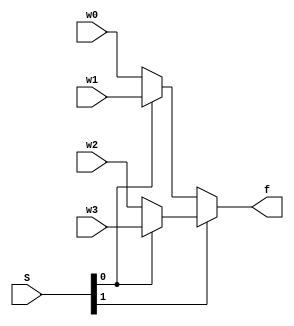
/* pg 323 - 4 to 1 multiplexer */

module bm_DL_4_1_mux (w0, w1, w2, w3, S, f);
	input w0, w1, w2, w3;
	input [1:0] S;
	output f;

	assign f = S[1] ? (S[0] ? w3 : w2) : (S[0] ? w1 : w0);
		
endmodule